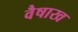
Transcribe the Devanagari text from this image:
वैषाख